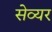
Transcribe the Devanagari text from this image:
सेव्यर